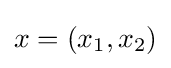
x=(x_{1},x_{2})